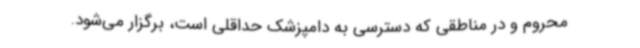
محروم و در مناطقی که دسترسی به دامپزشک حداقلی است، برگزار می‌شود.